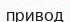
привод